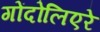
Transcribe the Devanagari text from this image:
गोंदोलिएरे